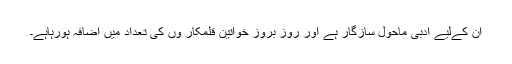
ان کےلیے ادبی ماحول سازگار ہے اور روز بروز خواتین قلمکار وں کی تعداد میں اضافہ ہورہاہے۔